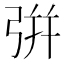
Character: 𢏳